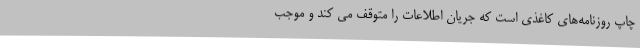
چاپ روزنامه‌های کاغذی است که جریان اطلاعات را متوقف می کند و موجب